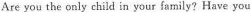
Are you the only child in your family? Have you